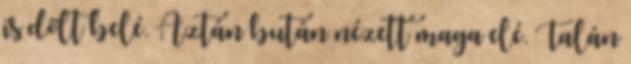
is dőlt belé. Aztán bután nézett maga elé. Talán